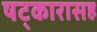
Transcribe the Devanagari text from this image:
षट्‍कारासह